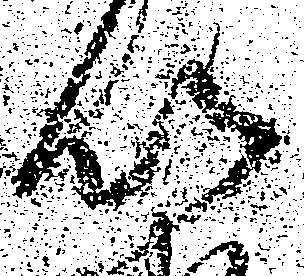
以